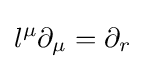
l^{\mu }\partial _{\mu }=\partial _{r}